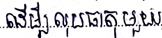
ដើម្បីលុបធាតុមួយ